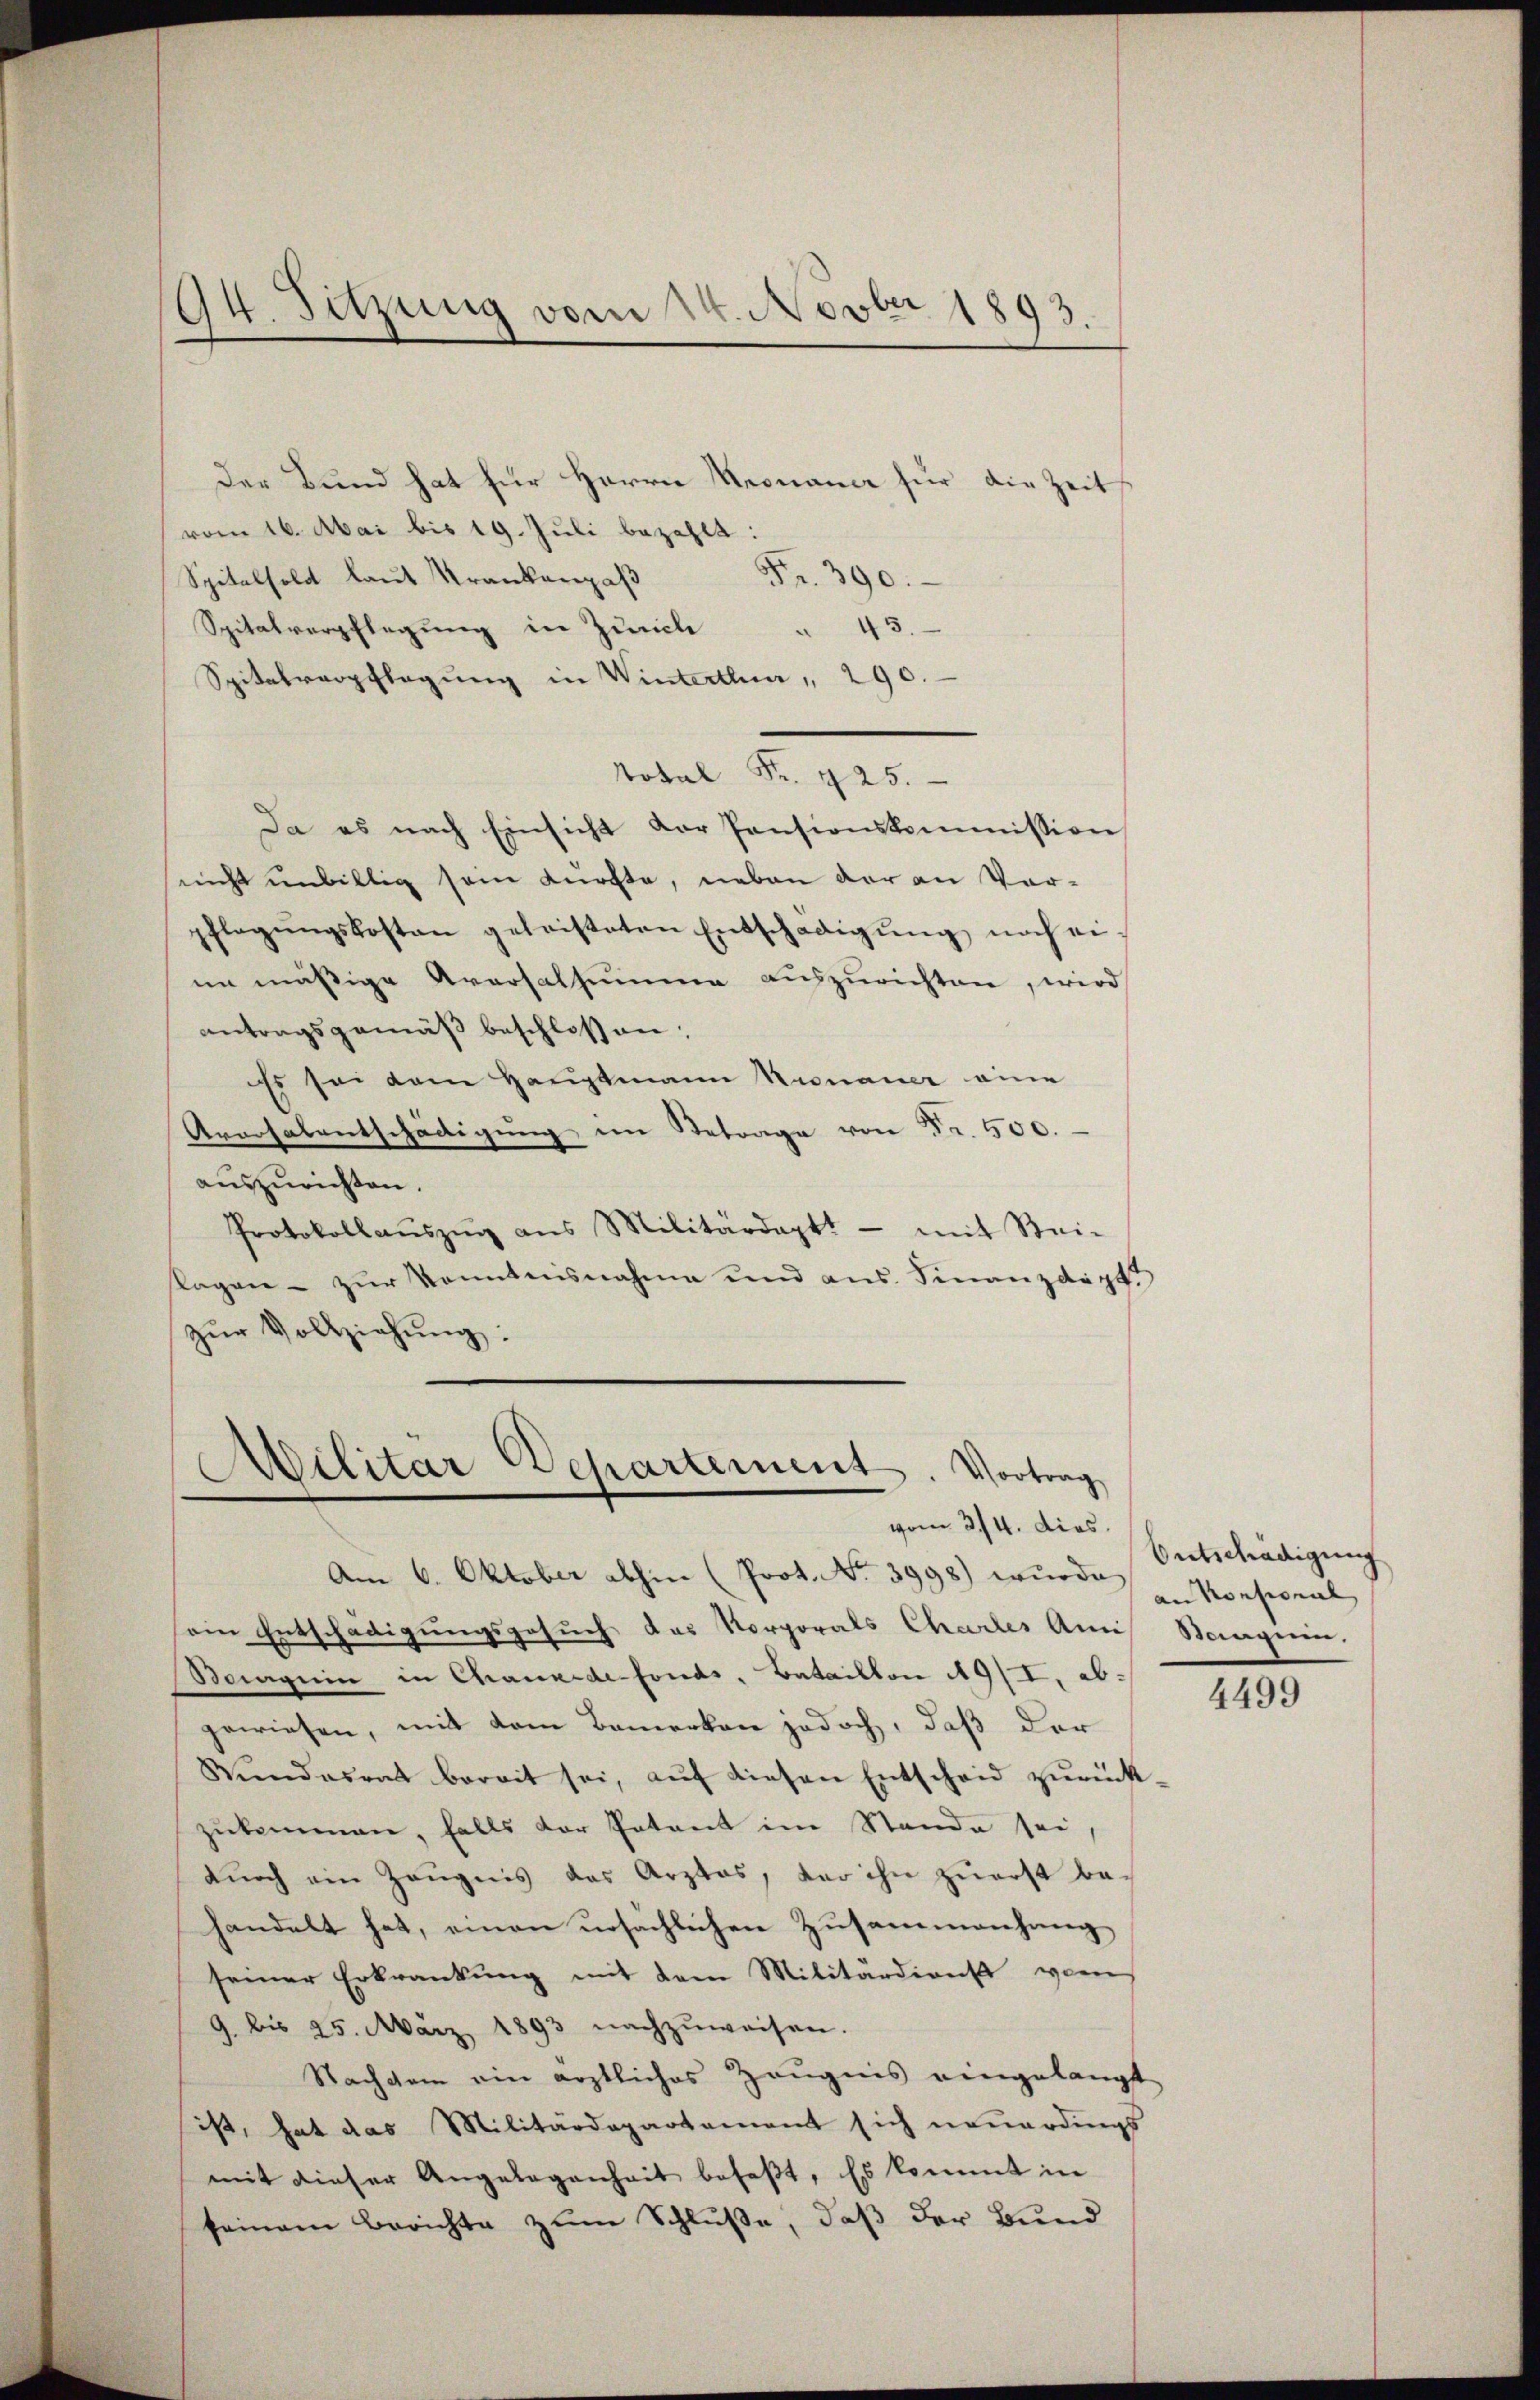
94. Sitzung vom 14. Novber 1893.

Der Bund hat für Herrn Kronance für die Zeits
vom 16. Mai bis 19. Juli bezahlt:
Fr. 390.
Spitalfold laut Krankengaß
Spitalverpflegung in Zürich " 43.
Spitalverpflegung in Winterthur , 290.
Total Fr. 425.
Da es nach Einsicht der Pensionskommission
nicht unbillig sein dürfte, neben der an Vor-
pflegŭngskosten geleisteten Entschädigŭng noch ei
in mäßige Aversalsumme auszurichten, wird
antragsgemäß beschlossen;
Es sei dem Hauptmann Kronauer eine
Aracsalentschädigŭng im Betrage von Fr. 500.
auszurichten.
Protokollaŭszŭg ans Militärdeptt - mit Stei-
lagen zŭr Kenntnisnahme und ans. Finanzdigt.
zŭr Vollziehung:

Militar Departement. Vortrag
vom 3./4. dies

Am 6. Oktober abhin (Prot. No. 3998) wurde u Konsermal
sein Entschädigungsgesuch das Korporals Charles Amis Steigenen.
oaguin in Chaux-de-Fonds, Bataillon 19/I, abgewiesen, mit dem Bemerken jedoch, daß der
Wŭndesrat bereit sei, aŭf diesen Entscheid zŭrück
zukommen, falls der Patent im Stande sei,
dŭrch ein Zeŭgnis das Arztes, der ihn zŭerst be-
handelt hat, einen ursachlichen Zusammenhang
seiner Erkrankung mit dem Militärdienst von
9. bis 25. März 1893 nachzŭweisen.
Nachdem ein ärztliches Zeugnis eingelangt
ist, hat das Militärdepartement sich neuerdings
mit dieser Angelegenheit befaßt, Es kommt in
seinem Berichte zum Schluße, daß der Bund

Entschädigung

4499